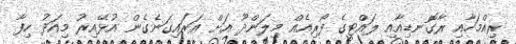
ރިއްމަހާއި ރާގޮނޑިއާއި ލައްޓީގެ ފޯރިއެއް މިލަންދޫ އަށް އަރައިގަނެގެން އުޅޭއިރު މިއަދު ހިފާ